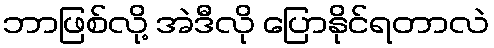
ဘာဖြစ်လို့ အဲဒီလို ပြောနိုင်ရတာလဲ